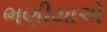
ભણીયાએ